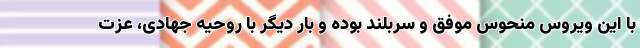
با این ویروس منحوس موفق و سربلند بوده و بار دیگر با روحیه جهادی، عزت